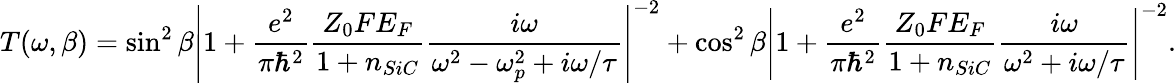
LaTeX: T(\omega,\beta)=\sin^{2}\beta\left|1+\frac{e^{2}}{\pi\hbar^{2}}\frac{Z_{0}FE_{F}}{1+n_{SiC}}\frac{i\omega}{\omega^{2}-\omega_{p}^{2}+i\omega/\tau}\right|^{-2}+\cos^{2}\beta\left|1+\frac{e^{2}}{\pi\hbar^{2}}\frac{Z_{0}FE_{F}}{1+n_{SiC}}\frac{i\omega}{\omega^{2}+i\omega/\tau}\right|^{-2}.